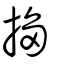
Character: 搊